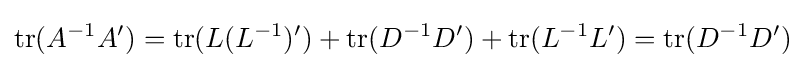
\mathrm {tr} (A^{-1}A')=\mathrm {tr} (L(L^{-1})')+\mathrm {tr} (D^{-1}D')+\mathrm {tr} (L^{-1}L')=\mathrm {tr} (D^{-1}D')